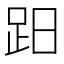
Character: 𧿭